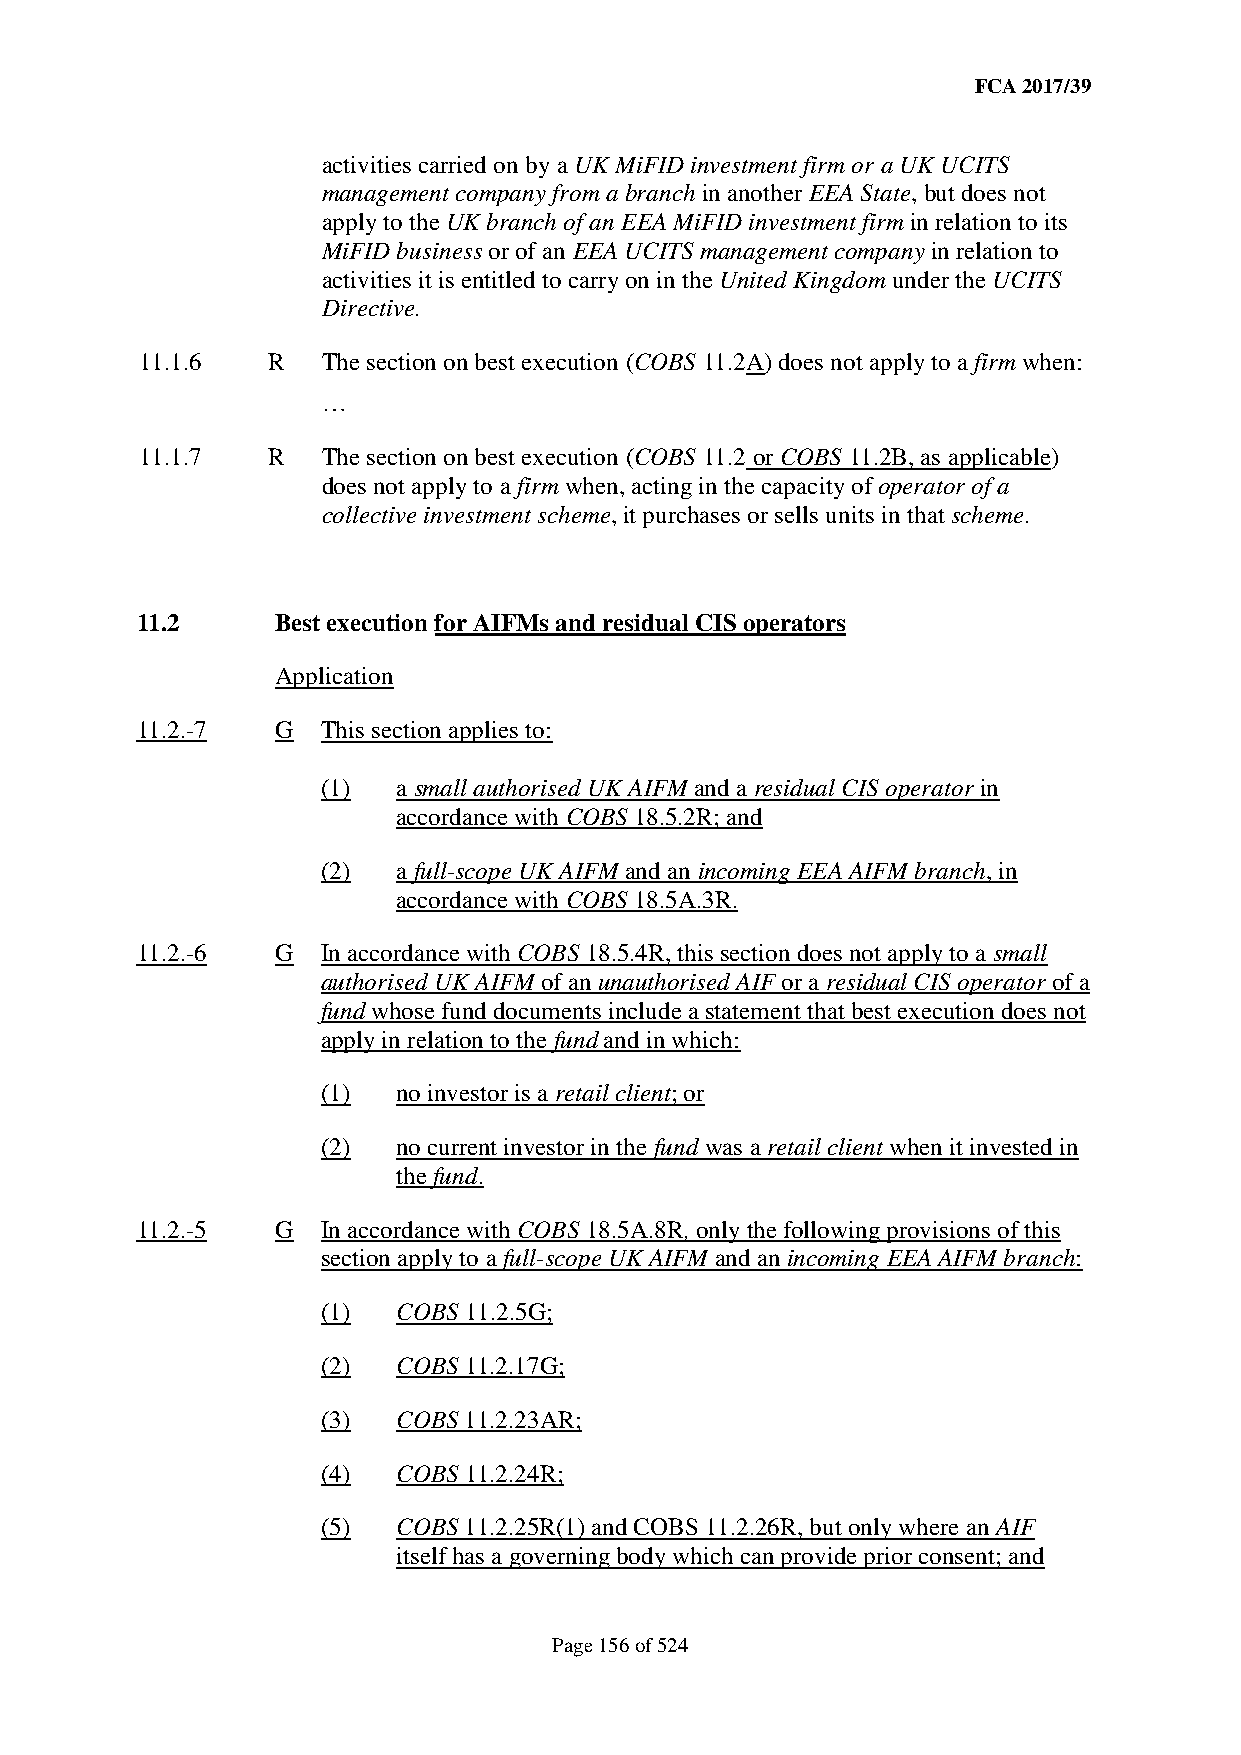
FCA 2017/39
 activities carried on by a UK MiFID investment firm or a UK UCITS
 management company from a branch in another EEA State, but does not
 apply to the UK branch of an EEA MiFID investment firm in relation to its
 MiFID business or of an EEA UCITS management company in relation to
 activities it is entitled to carry on in the United Kingdom under the UCITS
 Directive.
 11.1.6   R  The section on best execution (COBS 11.2A) does not apply to a firm when:
 …
 11.1.7   R  The section on best execution (COBS 11.2 or COBS 11.2B, as applicable)
 does not apply to a firm when, acting in the capacity of operator of a
 collective investment scheme, it purchases or sells units in that scheme.
 11.2     Best execution for AIFMs and residual CIS operators
 Application
 11.2.-7  G  This section applies to:
 (1)  a small authorised UK AIFM and a residual CIS operator in
 accordance with COBS 18.5.2R; and
 (2)  a full-scope UK AIFM and an incoming EEA AIFM branch, in
 accordance with COBS 18.5A.3R.
 11.2.-6  G  In accordance with COBS 18.5.4R, this section does not apply to a small
 authorised UK AIFM of an unauthorised AIF or a residual CIS operator of a
 fund whose fund documents include a statement that best execution does not
 apply in relation to the fund and in which:
 (1)  no investor is a retail client; or
 (2)  no current investor in the fund was a retail client when it invested in
 the fund.
 11.2.-5  G  In accordance with COBS 18.5A.8R, only the following provisions of this
 section apply to a full-scope UK AIFM and an incoming EEA AIFM branch:
 (1)  COBS 11.2.5G;
 (2)  COBS 11.2.17G;
 (3)  COBS 11.2.23AR;
 (4)  COBS 11.2.24R;
 (5)  COBS 11.2.25R(1) and COBS 11.2.26R, but only where an AIF
 itself has a governing body which can provide prior consent; and
 Page 156 of 524